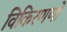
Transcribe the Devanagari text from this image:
विकिरणणों